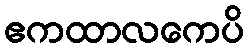
ဧကထာလကေပိ